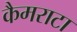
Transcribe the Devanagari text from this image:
कैमराटा